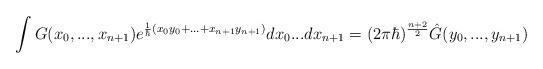
LaTeX: \begin{align*} \int G(x_0,...,x_{n+1})e^{\frac{1}{\hbar}(x_0y_0+...+x_{n+1}y_{n+1})}dx_0...dx_{n+1}=(2\pi\hbar)^{\frac{n+2}{2}}\hat{G}(y_0,...,y_{n+1}) \end{align*}